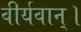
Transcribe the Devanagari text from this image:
वीर्यवान्।